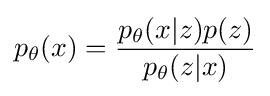
p_{\theta }(x)={\frac {p_{\theta }(x|z)p(z)}{p_{\theta }(z|x)}}